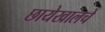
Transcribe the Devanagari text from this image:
छायेखालचे